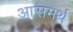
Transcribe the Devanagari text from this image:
आसमर्थ